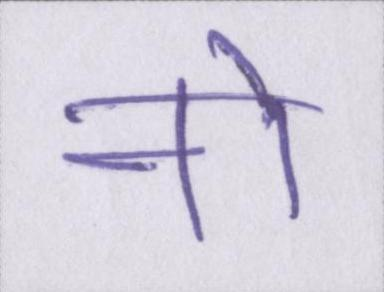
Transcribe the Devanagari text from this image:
नो